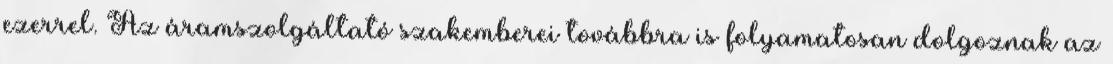
ezerrel. Az áramszolgáltató szakemberei továbbra is folyamatosan dolgoznak az